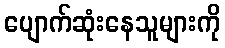
ပျောက်ဆုံးနေသူများကို